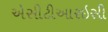
એસીટીઆરઇસી